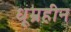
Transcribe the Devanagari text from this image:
धूम्रहीन